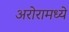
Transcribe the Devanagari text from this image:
अरोरामध्ये